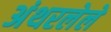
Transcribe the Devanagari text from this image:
अंथरलेले